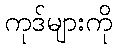
ကုဒ်များကို